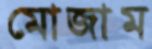
মোজাম